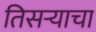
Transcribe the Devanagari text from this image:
तिसर्‍याचा